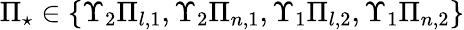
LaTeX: \Pi_{\star}\in\{ \Upsilon_{2}\Pi_{l,1},\Upsilon_{2}\Pi_{n,1},\Upsilon_{1}\Pi_{l,2},\Upsilon_{1}\Pi_{n,2}\}